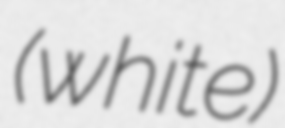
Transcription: (white)